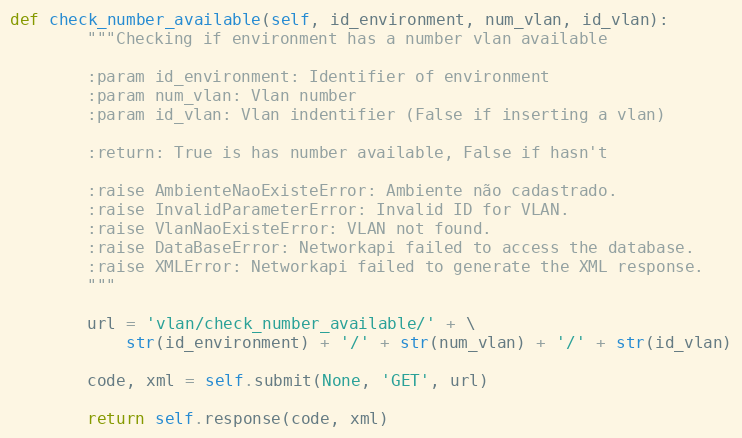
Language: Python
def check_number_available(self, id_environment, num_vlan, id_vlan):
        """Checking if environment has a number vlan available

        :param id_environment: Identifier of environment
        :param num_vlan: Vlan number
        :param id_vlan: Vlan indentifier (False if inserting a vlan)

        :return: True is has number available, False if hasn't

        :raise AmbienteNaoExisteError: Ambiente não cadastrado.
        :raise InvalidParameterError: Invalid ID for VLAN.
        :raise VlanNaoExisteError: VLAN not found.
        :raise DataBaseError: Networkapi failed to access the database.
        :raise XMLError: Networkapi failed to generate the XML response.
        """

        url = 'vlan/check_number_available/' + \
            str(id_environment) + '/' + str(num_vlan) + '/' + str(id_vlan)

        code, xml = self.submit(None, 'GET', url)

        return self.response(code, xml)